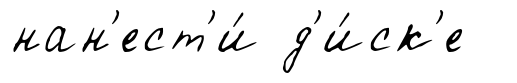
нан'ест'и́ д'и́ск'е